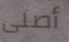
أصلى